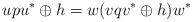
LaTeX: \begin{align*}upu^* \oplus h = w(vqv^*\oplus h)w^*\end{align*}